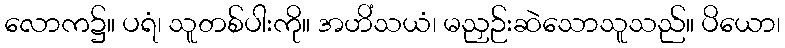
လောက၌။ ပရံ၊ သူတစ်ပါးကို။ အဟိံသယံ၊ မညှဉ်းဆဲသောသူသည်။ ပိယော၊